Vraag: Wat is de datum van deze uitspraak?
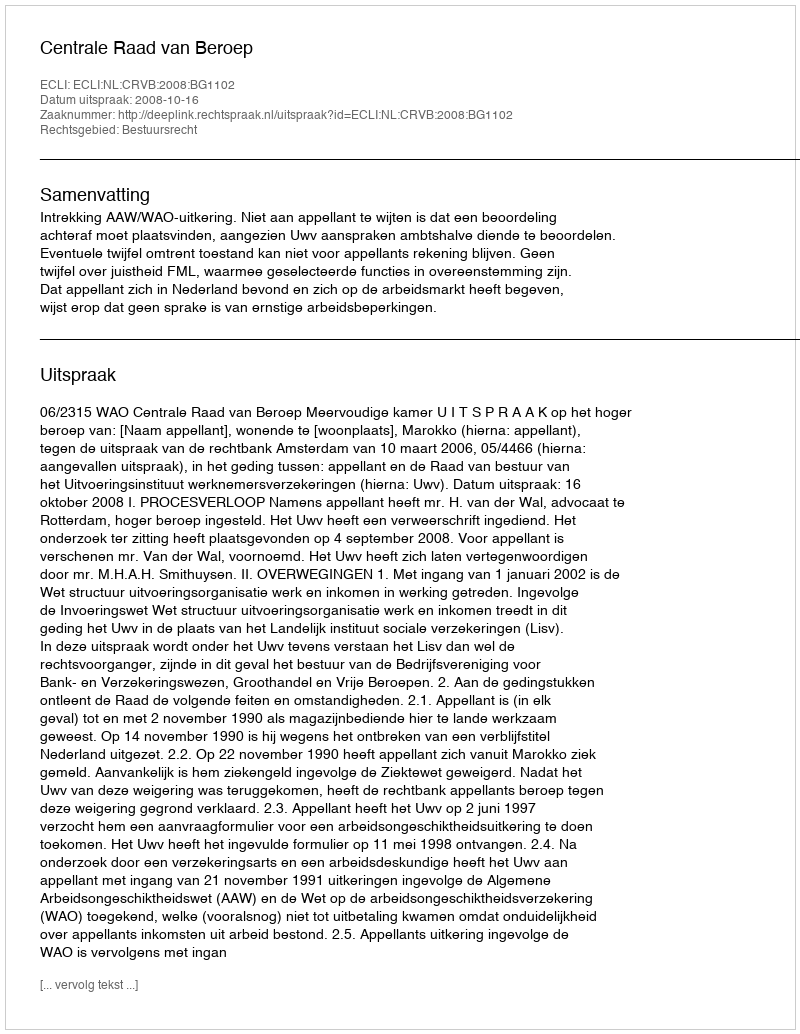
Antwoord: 2008-10-16